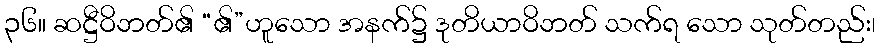
၃၆။ ဆဋ္ဌီဝိဘတ်၏ “၏”ဟူသော အနက်၌ ဒုတိယာဝိဘတ် သက်ရ သော သုတ်တည်း၊